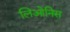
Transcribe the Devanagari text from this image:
लिओनिस